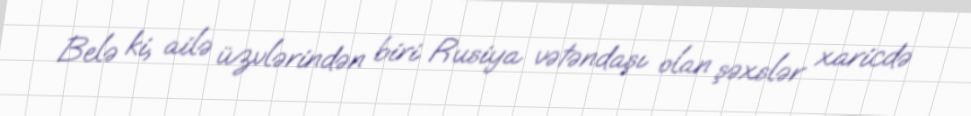
Belə ki, ailə üzvlərindən biri Rusiya vətəndaşı olan şəxslər xaricdə